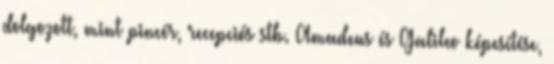
dolgozott, mint pincér, recepciós stb. Amadeus és Galileo képesítése,